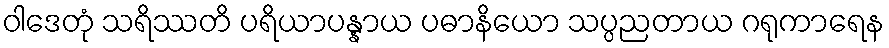
ဝါဒေတုံ သရိဿတိ ပရိယာပန္နာယ ပဓာနိယော သပ္ပညတာယ ဂရုကာရေန